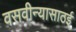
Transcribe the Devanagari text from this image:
वसवीन्यासाठई